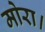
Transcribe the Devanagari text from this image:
मोरा।